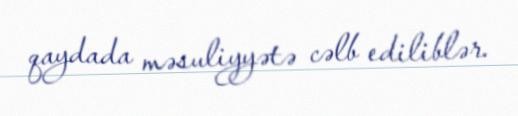
qaydada məsuliyyətə cəlb ediliblər.